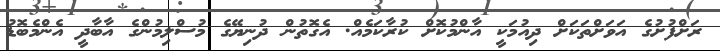
ރަށްފުށުގެ އަވަށްތަކަށް ދިއުމަކީ އާންމުކޮށް ކުރާކަމެއް. އެގޮތުން ދުނިޔޭގެ މުސްލިމުންގެ އާބާދީ އެންމެބޮޑު